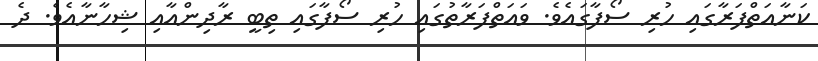
ކަނާއަތްފަރާގައި ހުރި ސޯފާގައެވެ. ވައަތްފަރާތުގައި ހުރި ސޯފާގައި ތިބީ ރާދިންއާއި ޝިހާނާއެވެ. ދެ